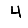
Digit: 4